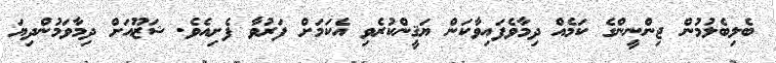
ބެލިބެލުމުން ޖިންނީންގެ ކަމެއް ދިމާވެފައިވާކަން ޔަޤީންކުރެވި އެކަމަށް ފަރުވާ ފެށިއެވެ. ޝަޒޫއަށް ދިމާވަމުންދިޔަ